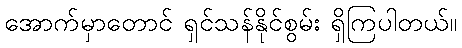
အောက်မှာတောင် ရှင်သန်နိုင်စွမ်း ရှိကြပါတယ်။